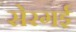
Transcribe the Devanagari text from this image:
सेरगई